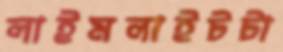
লাইমলাইটটা